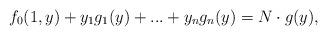
LaTeX: \begin{align*} f_0(1,y)+y_1g_1(y)+...+y_ng_n(y)=N \cdot g(y),\end{align*}